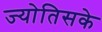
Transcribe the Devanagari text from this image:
ज्योतिसके